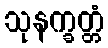
သုနက္ခတ္တံ